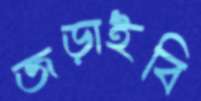
জড়াইবি